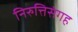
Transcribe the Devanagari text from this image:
निरुत्तिसंगह